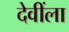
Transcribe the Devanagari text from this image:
देवींला